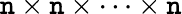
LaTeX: \mathtt{n}\times\mathtt{n}\times\cdots\times\mathtt{n}